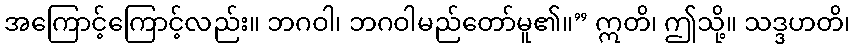
အကြောင့်ကြောင့်လည်း။ ဘဂဝါ၊ ဘဂဝါမည်တော်မူ၏။” ဣတိ၊ ဤသို့။ သဒ္ဒဟတိ၊